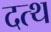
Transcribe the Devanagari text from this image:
दत्थ